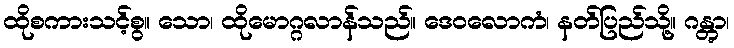
ထိုစကားသင့်စွ။ သော၊ ထိုမောဂ္ဂလာန်သည်။ ဒေဝလောကံ၊ နတ်ပြည်သို့။ ဂန္တွာ၊